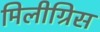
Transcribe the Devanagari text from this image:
मिलीग्रिस